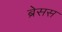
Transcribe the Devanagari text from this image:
ब्रेसस